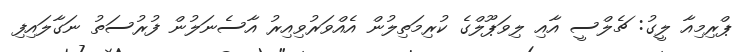
ޕްރިމިއާ ލީގު: ޗެލްސީ އާއި ލިވަޕޫލްގެ ކުރިމަތިލުން އެއްވަރުވިއިރު އާސެނަލުން ފުރުސަތު ނަގާލައިފި